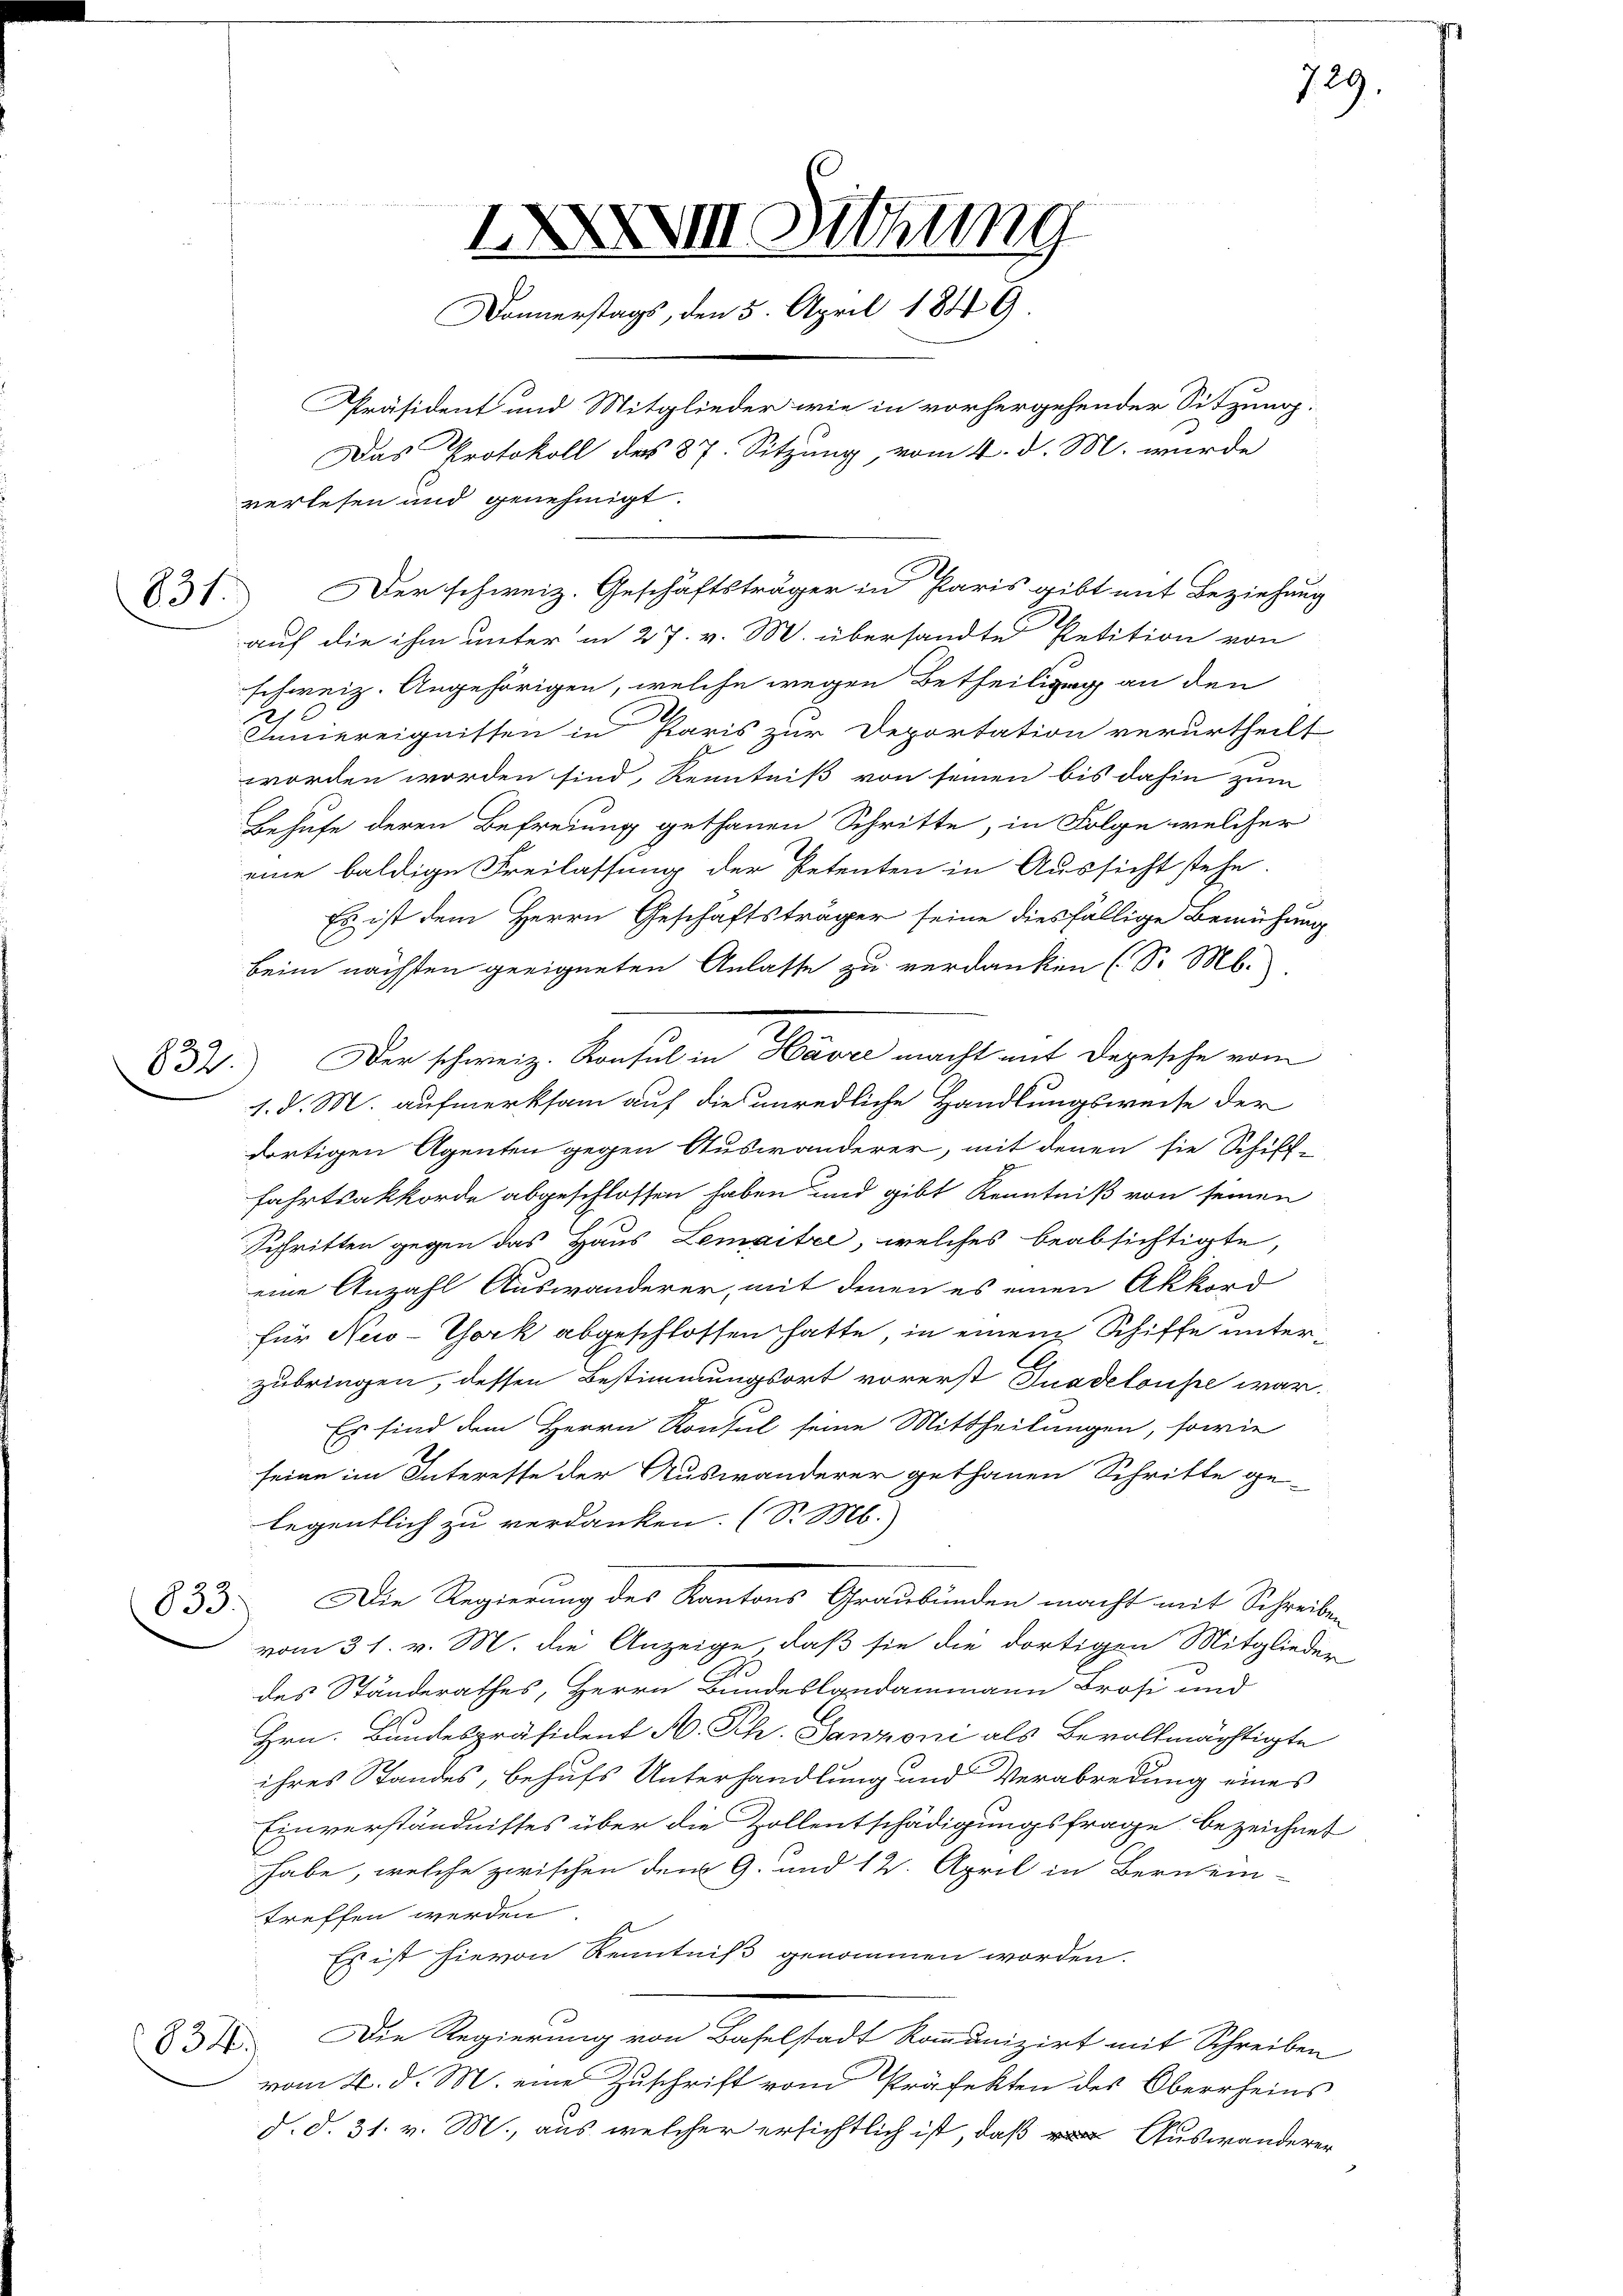
832.

31. Der schweiz. Geschäftsträger in Paris gibt mit Beziehung
auf die ihm unter in 27. v. M. übersandte Petition von
schweiz. Angehörigen, welche wegen Betheiligung an den
Innereignissen in Paris zur Deportation verurtheilt
worden worden sind, Kenntniß von seinen bis dahin zum
Behufe deren Befreiung gethanen Schritte, in Folge welcher
eine baldige Freilassung der Petenten in Aussicht stehe.
Es ist dem Herrn Geschäftsträger seine diesfällige Bemühung
beim nächsten geeigneten Anlasse zu verdanken (S. M.
1. d. M. aufmerksam auf die unredliche Handlungsweise der
dortigen Agenten gegen Auswanderer, mit denen sie Schiff-
fahrtsakkorde abgeschlossen haben und gibt Kenntniß von seinen
Schritten gegen das Haus Lemaitel, welches beabsichtigte,
eine Anzahl Auswanderer, mit denen es einen Akkord
für New-York abgeschlossen hatte, in einem Schiffe unterzubringen, dessen Bestimmungsort vorerst Inadeloupe war.
Es sind dem Herrn Konsul seine Mittheilungen, sowie
seine im Interesse der Auswanderer gethanen Schritte ge-
legentlich zu verdanken. (S. M.
Die Regierung des Kantons Graubünden macht mit Schreibe
633.
vom 31. v. M. die Anzeige, daß sie die dortigen Mitglieder
des Ständerathes, Herrn Bundeslandammann Brosi und
Hrn. Bundespräsident N. Ph. Janzoni als Bevollmächtigte
ihres Standes, behufs Unterhandlung und Verabredung eines
Einverständnisses über die Zollentschädigungsfrage bezeichnet
habe, welche zwischen dem 9. und 12. April in Bernein-
treffen werden
Es ist hievon Kenntniß genommen worden.
Die Regierung von Baselstadt kommunizirt mit Schreiben
834.
vom 24. d. M. eine Zuschrift vom Präfekten des Oberrheins
d. d. 31. v. M., aus welcher ersichtlich ist, daß Auswanderer

XXXIII Sitzung
Donnerstags, den 5. April 1849.
Präsident und Mitglieder wie in vorhergehender Sitzung.
Das Protokoll des 87. Sitzung, vom 4. d. M. wurde
verlesen und genehmigt.

Der schweiz. Konsul in Havre macht mit Depesche vom

729.